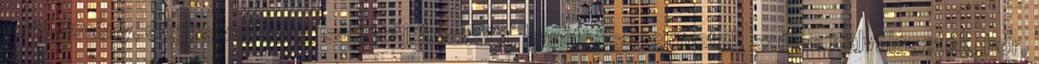
rendezvény, céges vacsora, sajtótájékoztató, baráti összejövetel, széles italválaszték, bor,